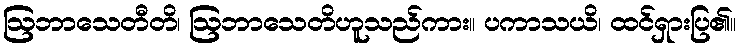
ဩဘာသေတီတိ၊ ဩဘာသေတိဟူသည်ကား။ ပကာသယိ၊ ထင်ရှားပြ၏။